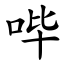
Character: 哔